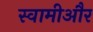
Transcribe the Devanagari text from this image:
स्वामीऔर